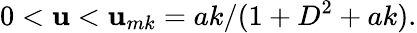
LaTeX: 0<\mathbf{u}<\mathbf{u}_{mk}=ak/(1+D^{2}+ak).